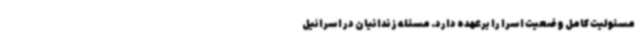
مسئولیت کامل وضعیت اسرا را برعهده دارد. مسئله زندانیان در اسرائیل